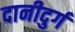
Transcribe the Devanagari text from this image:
दानीदुर्ग